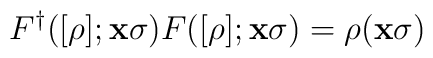
F^{\dagger}([\rho];{\bf{x}}\sigma)F([\rho];{\bf{x}}\sigma) = \rho({\bf{x}}\sigma)